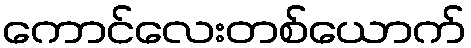
ကောင်လေးတစ်ယောက်